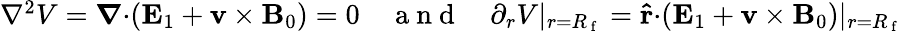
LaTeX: \begin{array}{r}{\nabla^{2}V=\boldsymbol{\nabla}\mathbf{\cdot}(\mathbf{E}_{1}+\mathbf{v}\times\mathbf{B}_{0})=0\quad\mathrm{~a~n~d~}\quad\partial_{r}V\vert_{r=R_{\mathrm{~f~}}}=\mathbf{\hat{r}}\mathbf{\cdot}(\mathbf{E}_{1}+\mathbf{v}\times\mathbf{B}_{0})\vert_{r=R_{\mathrm{~f~}}}}\end{array}